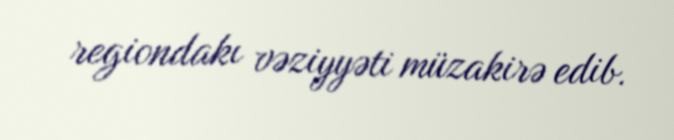
regiondakı vəziyyəti müzakirə edib.